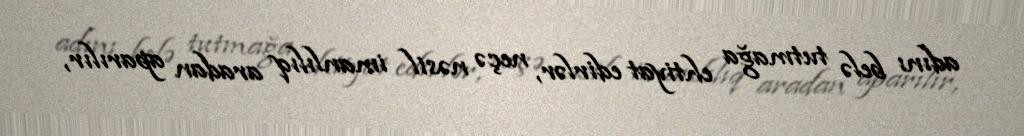
adını belə tutmağa ehtiyat edirlər, neçə nəsil imanlılıq aradan aparılır,